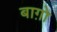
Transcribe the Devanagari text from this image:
बाग़ोे